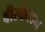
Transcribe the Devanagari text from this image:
वीरकेलन